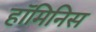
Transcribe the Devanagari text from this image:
हॉमिनिस